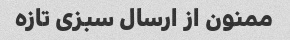
ممنون از ارسال سبزی تازه